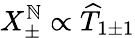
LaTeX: X_{\pm}^{\mathbb{N}}\propto\widehat{{T}}_{1\pm1}